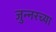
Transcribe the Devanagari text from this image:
जुन्‍नरच्या